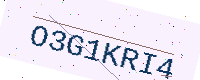
Text: O3G1KRI4